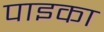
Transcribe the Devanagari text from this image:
पाइका